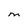
Character: M